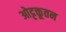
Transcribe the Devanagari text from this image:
ओट्टक्तूतन